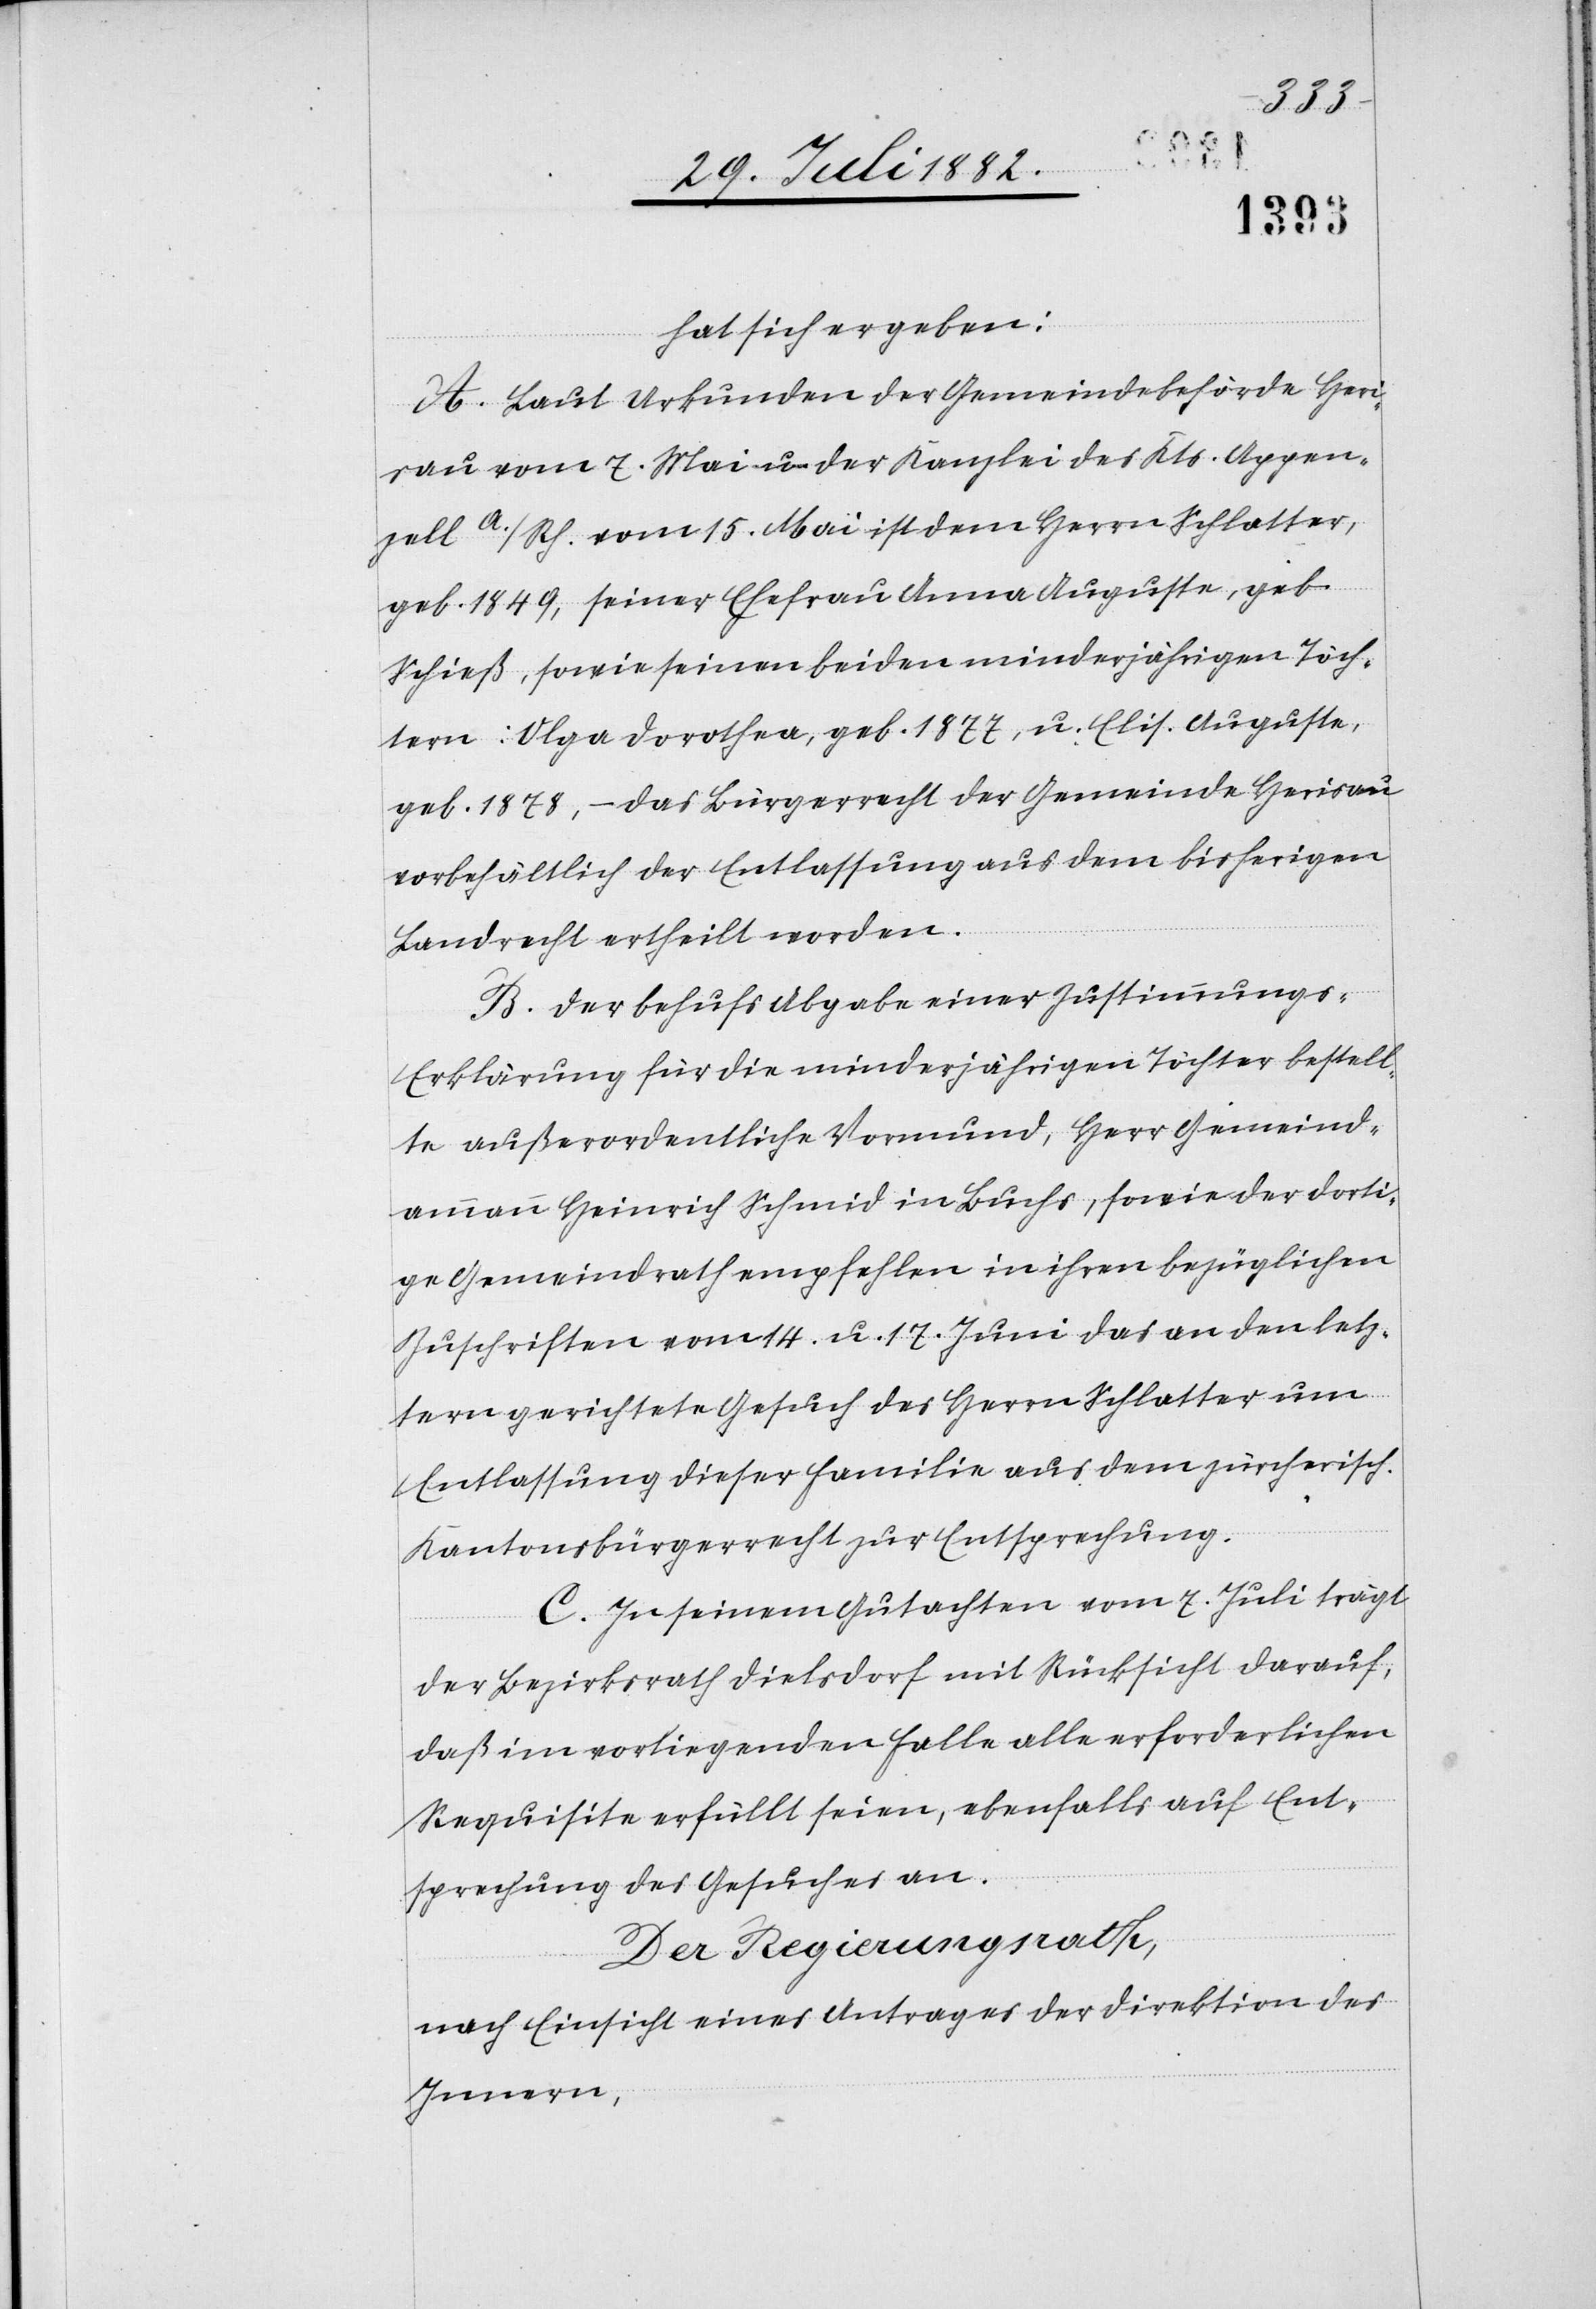
1849,
Töch¬
hat sich ergeben:
A. Laut Urkunden der Gemeindebehörde Heri¬
sau vom 7. Mai u. der Kanzlei des Kts. Appen¬
zell A./Rh. vom 15. Mai ist dem Herrn Schlatter,
tern: Olga Dorothea, geb. 1877, u. Elis. Auguste,
geb. 1878, – das Bürgerrecht der Gemeinde Herisau
vorbehältlich der Entlassung aus dem bisherigen
Landrecht ertheilt worden.
B. Der behufs Abgabe einer Zustimmung¬
s-Erklärung für die minderjährigen Töchter bestell¬
te außerordentliche Vormund, Herr Gemeind¬
ammann Heinrich Schmid in Buchs, sowie der dorti¬
ge Gemeindrath empfehlen in ihren bezüglichen
Zuschriften vom 14. u. 17. Juni das an den letz¬
tern gerichtete Gesuch des Herrn Schlatter um
Entlassung dieser Familie aus dem zürcherisch.
Kantonsbürgerrecht zur Entsprechung.
C. In seinem Gutachten vom 7. Juli trägt
der Bezirksrath Dielsdorf mit Rücksicht darauf,
daß im vorliegenden Falle alle erforderlichen
Requisite erfüllt seien, ebenfalls auf Ent¬
sprechung des Gesuches an.
Der Regierungsrath,
nach Einsicht eines Antrages der Direktion des
Innern,